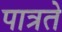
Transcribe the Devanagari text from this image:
पात्रते